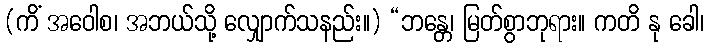
(ကိံ အဝေါစ၊ အဘယ်သို့ လျှောက်သနည်း။) “ဘန္တေ၊ မြတ်စွာဘုရား။ ကတိ နု ခေါ၊